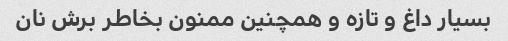
بسیار داغ و تازه و همچنین ممنون بخاطر برش نان